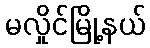
မလှိုင်မြို့နယ်